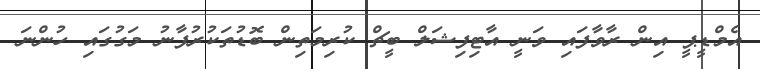
އެމްޑީޕީ އިން ރާވާފައި ވަނީ އާޓިފިޝަލް ބީޗް ކުރިމަތިން ބޮޑުތަކުރުފާނު މަގުގައި ހުންނަ